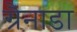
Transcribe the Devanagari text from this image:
ग्रैनाडा